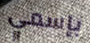
بإسمي